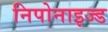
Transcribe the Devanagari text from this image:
निपोनाइज्ड